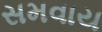
સમવાય